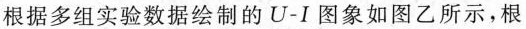
根据多组实验数据绘制的U-I图象如图乙所示，根